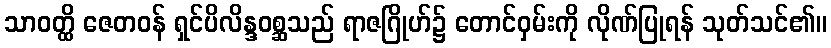
သာဝတ္ထိ ဇေတဝန် ရှင်ပိလိန္ဒဝစ္ဆသည် ရာဇဂြိုဟ်၌ တောင်ဝှမ်းကို လိုဏ်ပြုရန် သုတ်သင်၏။